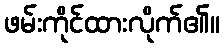
ဖမ်းကိုင်ထားလိုက်၏။